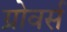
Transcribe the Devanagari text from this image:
ग्रोवर्स